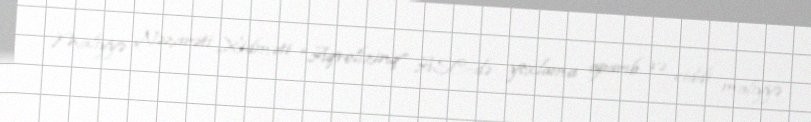
Maliyyə Nəzarəti Xidməti “Aqrolizinq” ASC-də yoxlama aparıb və ciddi maliyyə